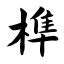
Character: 榫